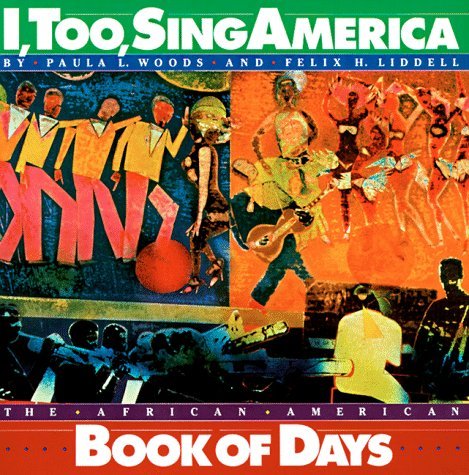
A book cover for By Mary Hunt I, Too, Sing America: The African-American Book of Days (Box) [Calendar]; Calendars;